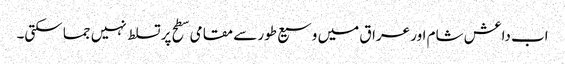
اب داعش شام اور عراق میں وسیع طور سے مقامی سطح پر تسلط نہیں جما سکتی۔